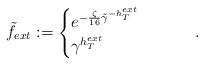
LaTeX: \begin{align*}\tilde{f}_{ext}:=\begin{cases} e^{-\frac{\zeta}{16} \tilde{\gamma}^{-h_T^{ext}}} \qquad \\\gamma^{h_T^{ext}} \, \end{cases} \, .\end{align*}